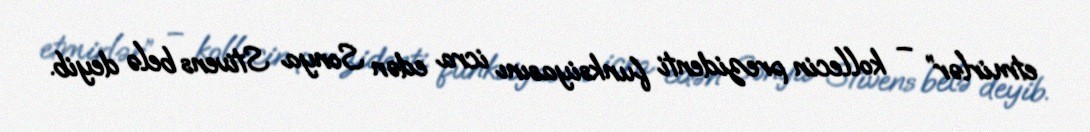
etmirlər” – kollecin prezidenti funksiyasını icra edən Sonya Stivens belə deyib.